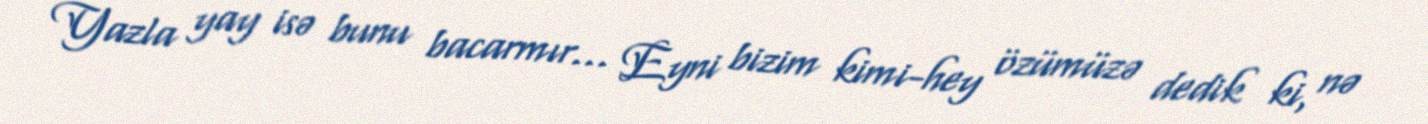
Yazla yay isə bunu bacarmır... Eyni bizim kimi-hey özümüzə dedik ki, nə